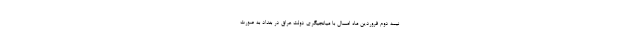
نیمه دوم فروردین ماه امسال با میانجیگری دولت عراق در بغداد به صورت